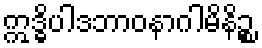
ဣဒ္ဓိပါဒဘာဝနာဂါမိနိဉ္စ